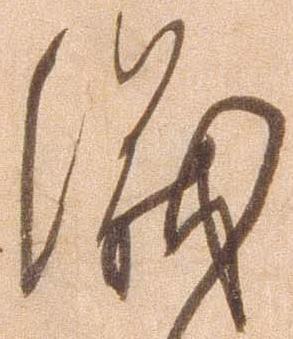
儀